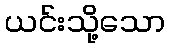
ယင်းသို့သော